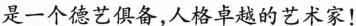
是一个德艺俱备，人格卓越的艺术家！